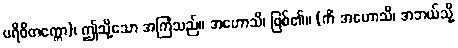
ပရိဝိတက္ကော)၊ ဤသို့သော အကြံသည်။ အဟောသိ၊ ဖြစ်၏။ (ကိံ အဟောသိ၊ အဘယ်သို့